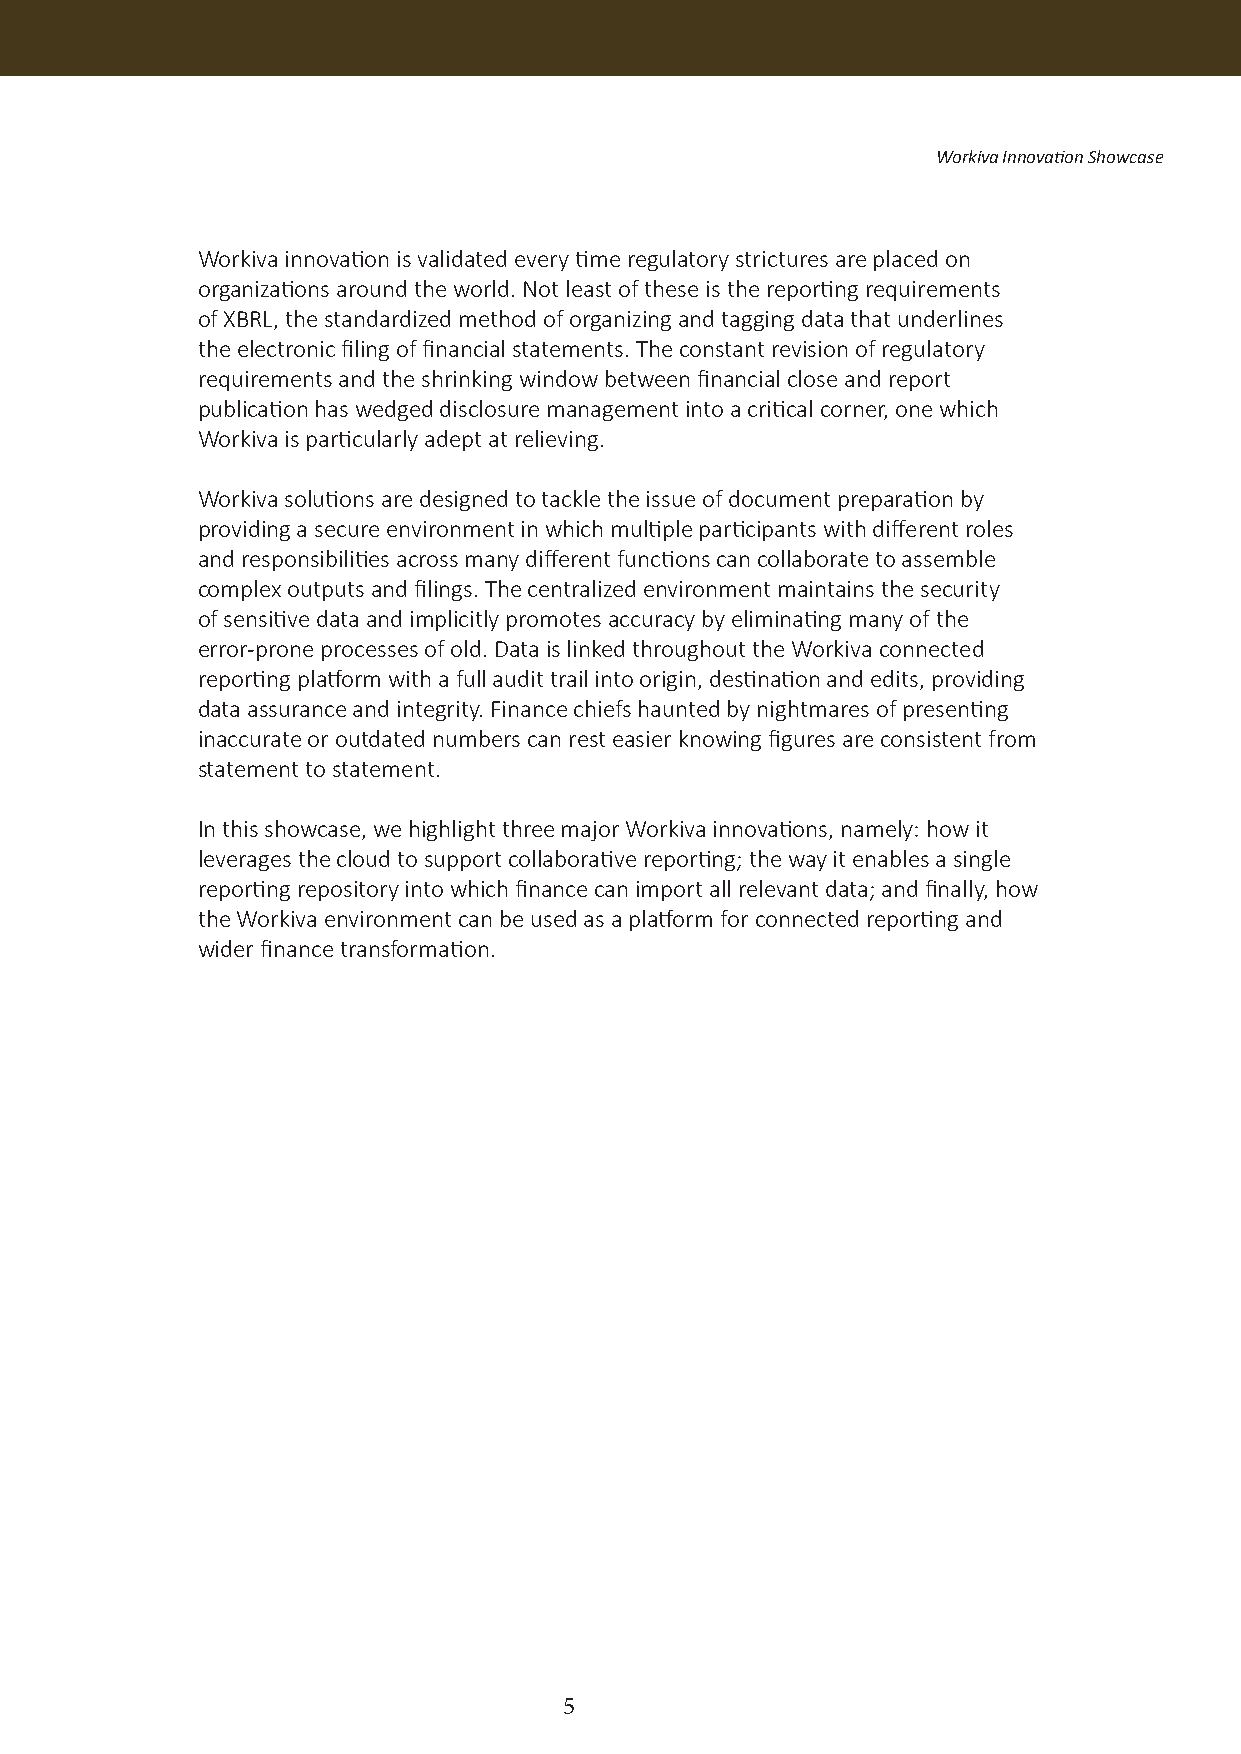
Workiva Innovation Showcase
 Workiva innovation is validated every time regulatory strictures are placed on
 organizations around the world. Not least of these is the reporting requirements
 of XBRL, the standardized method of organizing and tagging data that underlines
 the electronic filing of financial statements. The constant revision of regulatory
 requirements and the shrinking window between financial close and report
 publication has wedged disclosure management into a critical corner, one which
 Workiva is particularly adept at relieving.
 Workiva solutions are designed to tackle the issue of document preparation by
 providing a secure environment in which multiple participants with different roles
 and responsibilities across many different functions can collaborate to assemble
 complex outputs and filings. The centralized environment maintains the security
 of sensitive data and implicitly promotes accuracy by eliminating many of the
 error-prone processes of old. Data is linked throughout the Workiva connected
 reporting platform with a full audit trail into origin, destination and edits, providing
 data assurance and integrity. Finance chiefs haunted by nightmares of presenting
 inaccurate or outdated numbers can rest easier knowing figures are consistent from
 statement to statement.
 In this showcase, we highlight three major Workiva innovations, namely: how it
 leverages the cloud to support collaborative reporting; the way it enables a single
 reporting repository into which finance can import all relevant data; and finally, how
 the Workiva environment can be used as a platform for connected reporting and
 wider finance transformation.
 5